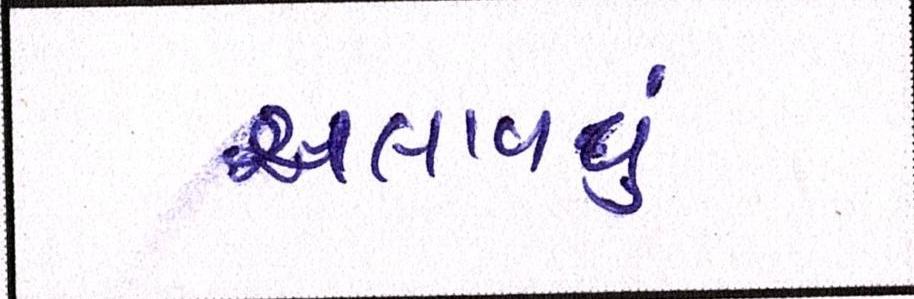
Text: ચલાવવું